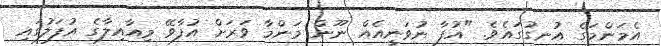
އެމަންމަގެ އުނގުގައެވެ. "އުފާ ނުވަނީއެއް ނޫން މަންމާ ވަރަށް އުފާވޭ މިއާއިލާގެ އުފަލުގައި